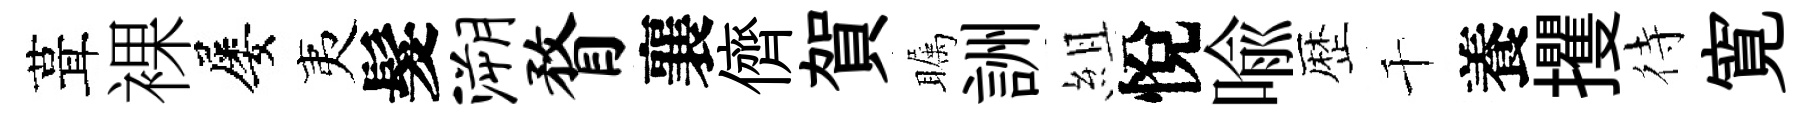
葺裸屡夷髮溯瞀襄儕賀瞩詶組悅喩歴千養攫待寛